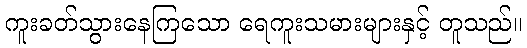
ကူးခတ်သွားနေကြသော ရေကူးသမားများနှင့် တူသည်။